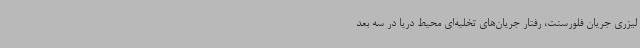
لیزری جریان فلورسنت، رفتار جریان‌های تخلیه‌ای محیط دریا در سه بعد